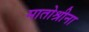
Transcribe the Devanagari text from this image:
मातोश्रीना